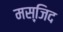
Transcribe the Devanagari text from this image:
मस्जि़द